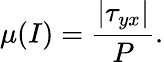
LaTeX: \mu(I)=\frac{|\tau_{yx}|}{P}.